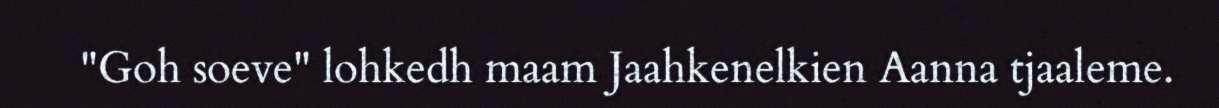
"Goh soeve" lohkedh maam Jaahkenelkien Aanna tjaaleme.